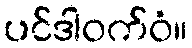
ပင်ဒါဝက်ဝံ။